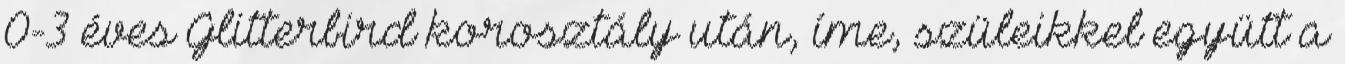
0-3 éves Glitterbird korosztály után, íme, szüleikkel együtt a